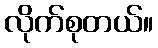
လိုက်စုတယ်။